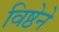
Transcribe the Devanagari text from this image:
विष्ठेने